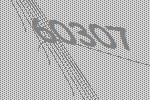
60307